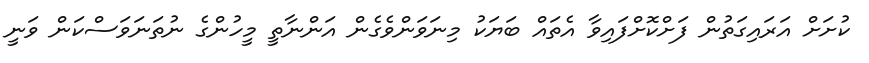
ކުށަށް އަރައިގަތުން ފަށްކޮށްފައިވާ އެތައް ބަޔަކު މިނަވަންވެގެން އަންނާތީ މީހުންގެ ނުތަނަވަސްކަން ވަނީ